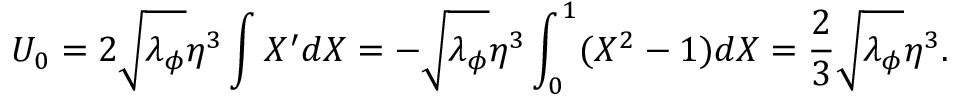
U _ { 0 } = 2 \sqrt { \lambda _ { \phi } } \eta ^ { 3 } \int X ^ { \prime } d X = - \sqrt { \lambda _ { \phi } } \eta ^ { 3 } \int _ { 0 } ^ { 1 } ( X ^ { 2 } - 1 ) d X = { \frac { 2 } { 3 } } \sqrt { \lambda _ { \phi } } \eta ^ { 3 } .